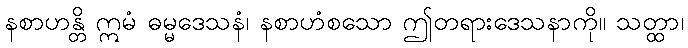
နစာဟန္တိ ဣမံ ဓမ္မဒေသနံ၊ နစာဟံစသော ဤတရားဒေသနာကို။ သတ္ထာ၊